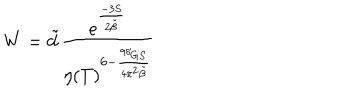
W = \tilde { d } \frac { e ^ { \frac { - 3 S } { 2 \tilde { \beta } } } } { \eta ( T ) ^ { 6 - \frac { 9 \delta _ { G S } } { 4 \pi ^ { 2 } \tilde { \beta } } } }